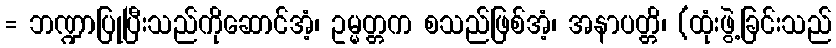
= ဘဏ္ဍာပြုပြီးသည်ကိုဆောင်အံ့၊ ဥမ္မတ္တက စသည်ဖြစ်အံ့၊ အနာပတ္တိ၊ (ထုံးဖွဲ့ခြင်းသည်